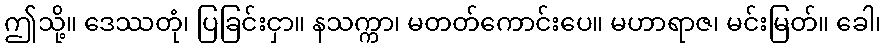
ဤသို့။ ဒေဿတုံ၊ ပြခြင်းငှာ။ နသက္ကာ၊ မတတ်ကောင်းပေ။ မဟာရာဇ၊ မင်းမြတ်။ ခေါ၊